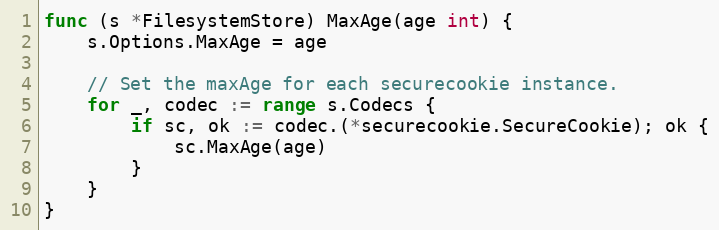
Language: Go
func (s *FilesystemStore) MaxAge(age int) {
	s.Options.MaxAge = age

	// Set the maxAge for each securecookie instance.
	for _, codec := range s.Codecs {
		if sc, ok := codec.(*securecookie.SecureCookie); ok {
			sc.MaxAge(age)
		}
	}
}